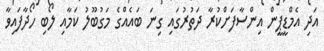
އަދި އެމްޑީޕީން އިންސާފަށްކުރާ ދަތުރުގައި ގިނަ ބައެއްގެ މަގުބޫލު ކަމާއި ލޯބި ހޯދާފައިވާ